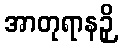
အာတုရာနဉှိ